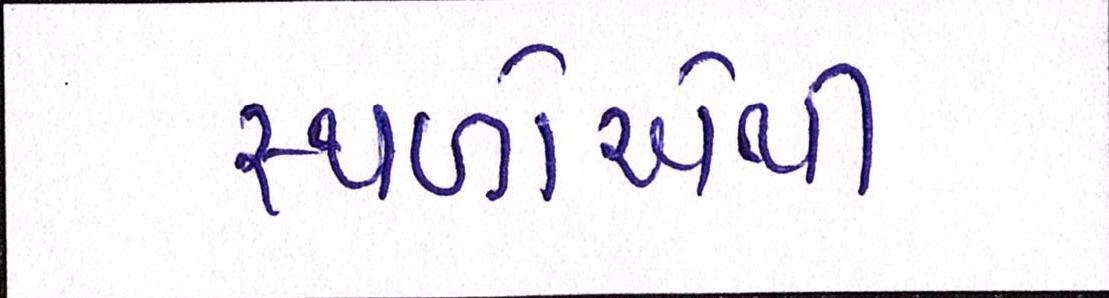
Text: સ્થળોએથી